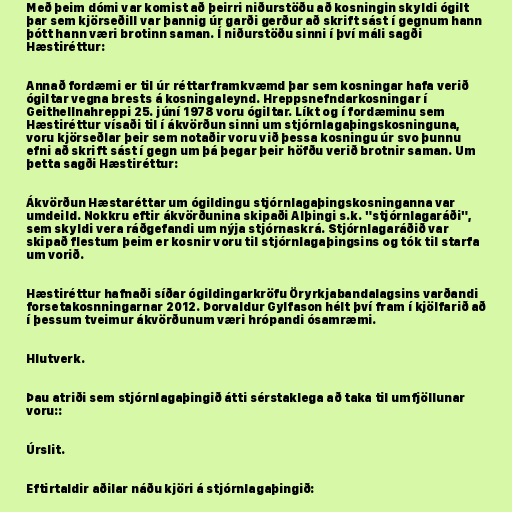
Með þeim dómi var komist að þeirri niðurstöðu að kosningin skyldi ógilt
þar sem kjörseðill var þannig úr garði gerður að skrift sást í gegnum hann
þótt hann væri brotinn saman. Í niðurstöðu sinni í því máli sagði
Hæstiréttur:

Annað fordæmi er til úr réttarframkvæmd þar sem kosningar hafa verið
ógiltar vegna brests á kosningaleynd. Hreppsnefndarkosningar í
Geithellnahreppi 25. júní 1978 voru ógiltar. Líkt og í fordæminu sem
Hæstiréttur vísaði til í ákvörðun sinni um stjórnlagaþingskosninguna,
voru kjörseðlar þeir sem notaðir voru við þessa kosningu úr svo þunnu
efni að skrift sást í gegn um þá þegar þeir höfðu verið brotnir saman. Um
þetta sagði Hæstiréttur:

Ákvörðun Hæstaréttar um ógildingu stjórnlagaþingskosninganna var
umdeild. Nokkru eftir ákvörðunina skipaði Alþingi s.k. "stjórnlagaráði",
sem skyldi vera ráðgefandi um nýja stjórnaskrá. Stjórnlagaráðið var
skipað flestum þeim er kosnir voru til stjórnlagaþingsins og tók til starfa
um vorið.

Hæstiréttur hafnaði síðar ógildingarkröfu Öryrkjabandalagsins varðandi
forsetakosnningarnar 2012. Þorvaldur Gylfason hélt því fram í kjölfarið að
í þessum tveimur ákvörðunum væri hrópandi ósamræmi.

Hlutverk.

Þau atriði sem stjórnlagaþingið átti sérstaklega að taka til umfjöllunar
voru::

Úrslit.

Eftirtaldir aðilar náðu kjöri á stjórnlagaþingið: